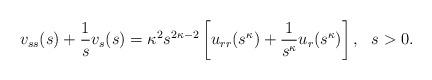
LaTeX: \begin{align*}v_{ss}(s) + \frac{1}{s} v_{s}(s) = \kappa^2s^{2\kappa -2} \left[ u_{rr}(s^{\kappa}) + \frac{1}{s^{\kappa}} u_r(s^{\kappa}) \right], \ \ s>0.\end{align*}